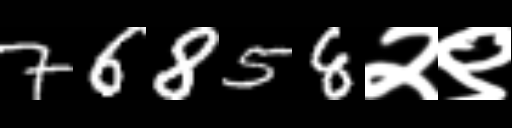
Text: 76858२९